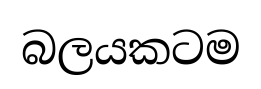
බලයකටම